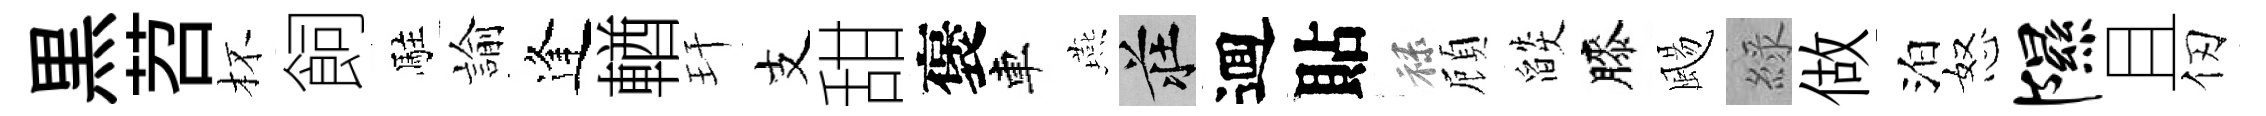
黒苕杯飼駐諭逢輶玕支甜褒車燕莊逥貼禄頋燄膝颺綠做泊怒隰且仞